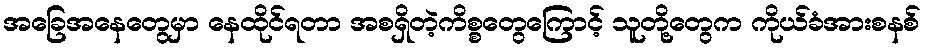
အခြေအနေတွေမှာ နေထိုင်ရတာ အစရှိတဲ့ကိစ္စတွေကြောင့် သူတို့တွေက ကိုယ်ခံအားစနစ်